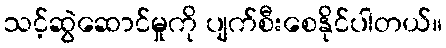
သင့်ဆွဲဆောင်မှုကို ပျက်စီးစေနိုင်ပါတယ်။